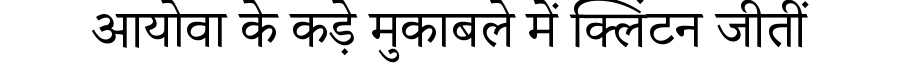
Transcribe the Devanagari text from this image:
आयोवा के कड़े मुकाबले में क्लिंटन जीतीं